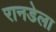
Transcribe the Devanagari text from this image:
रानडेला